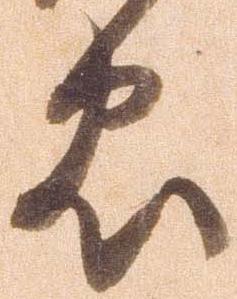
忠